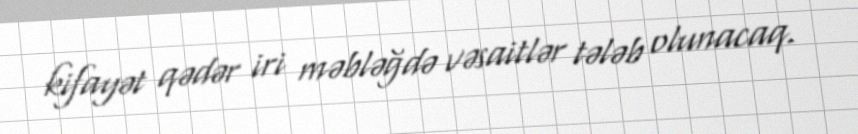
kifayət qədər iri məbləğdə vəsaitlər tələb olunacaq.